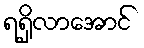
ရရှိလာအောင်